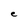
Character: e